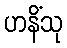
ဟနိံသု